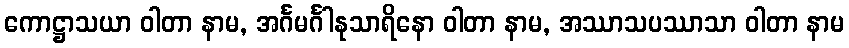
ကောဋ္ဌာသယာ ဝါတာ နာမ, အင်္ဂမင်္ဂါနုသာရိနော ဝါတာ နာမ, အဿာသပဿာသာ ဝါတာ နာမ